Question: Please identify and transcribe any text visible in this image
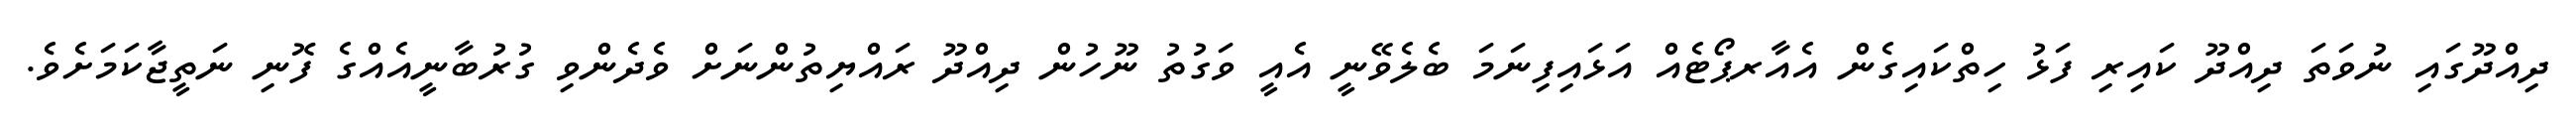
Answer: ދިއްދޫގައި ނުވަތަ ދިއްދޫ ކައިރި ފަޅު ހިތްކައިގެން އެއާރޕޯޓެއް އަޅައިފިނަމަ ބެލެވޭނީ އެއީ ވަގުތު ނޫހުން ދިއްދޫ ރައްޔިތުންނަށް ވެދެންވި ގުރުބާނީއެއްގެ ފޮނި ނަތީޖާކަމަށެވެ.